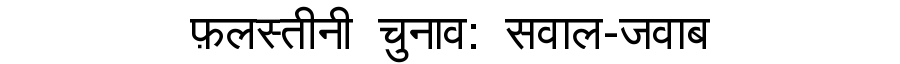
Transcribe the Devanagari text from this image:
फ़लस्तीनी चुनाव: सवाल-जवाब